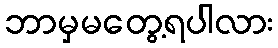
ဘာမှမတွေ့ရပါလား